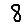
Digit: 8